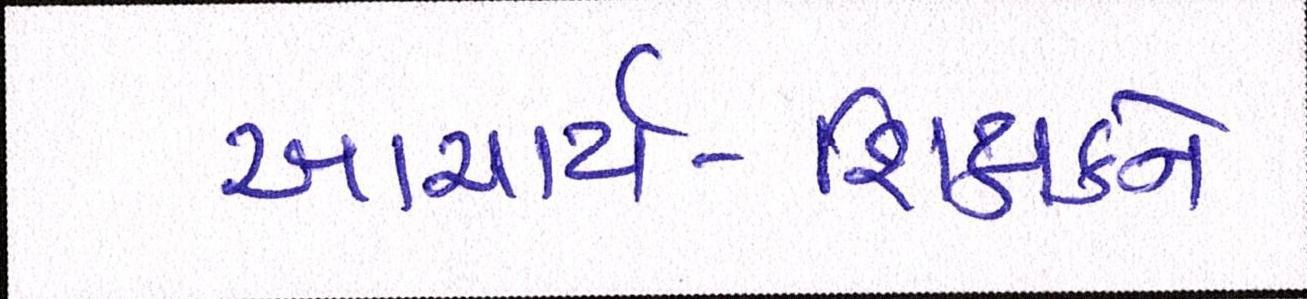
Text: આચાર્ય-શિક્ષકને